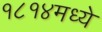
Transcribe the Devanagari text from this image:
१८१४मध्ये